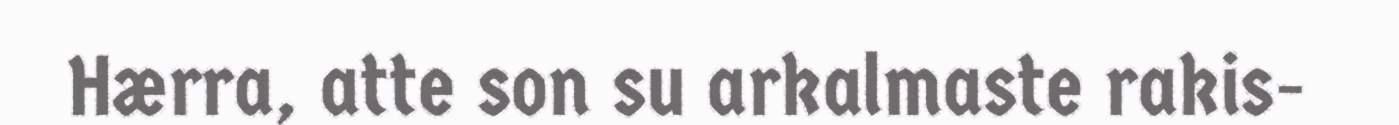
Hærra, atte son su arkalmaste rakis-